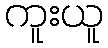
ကူးယူ